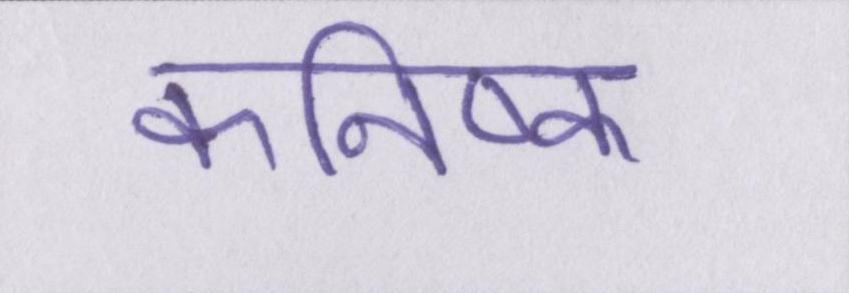
कनिष्क